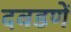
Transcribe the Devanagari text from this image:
दवडणें